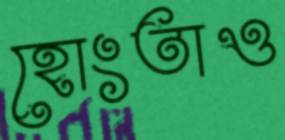
হোংতাও